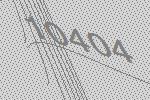
10404